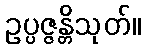
ဥပ္ပဇ္ဇန္တိသုတ်။